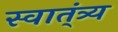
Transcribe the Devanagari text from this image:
स्वात्ंत्र्य